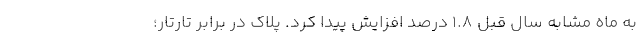
به ماه مشابه سال قبل ۱.۸ درصد افزایش پیدا کرد. پلاک در برابر تارتار؛